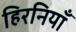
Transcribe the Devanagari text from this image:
हिरनियाँ